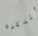
أتذكره